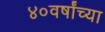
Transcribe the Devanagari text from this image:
४०वर्षांच्या